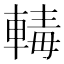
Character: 𨍛